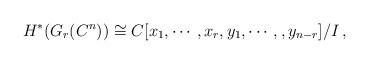
LaTeX: \begin{align*}H^*(G_r(C^n))\cong C[x_1,\cdots,x_r,y_1,\cdots,,y_{n-r}]/I\,,\end{align*}